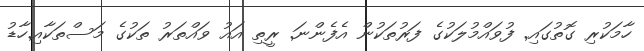
ހާމަކުރި ގޮތުގައި